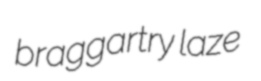
braggartry laze